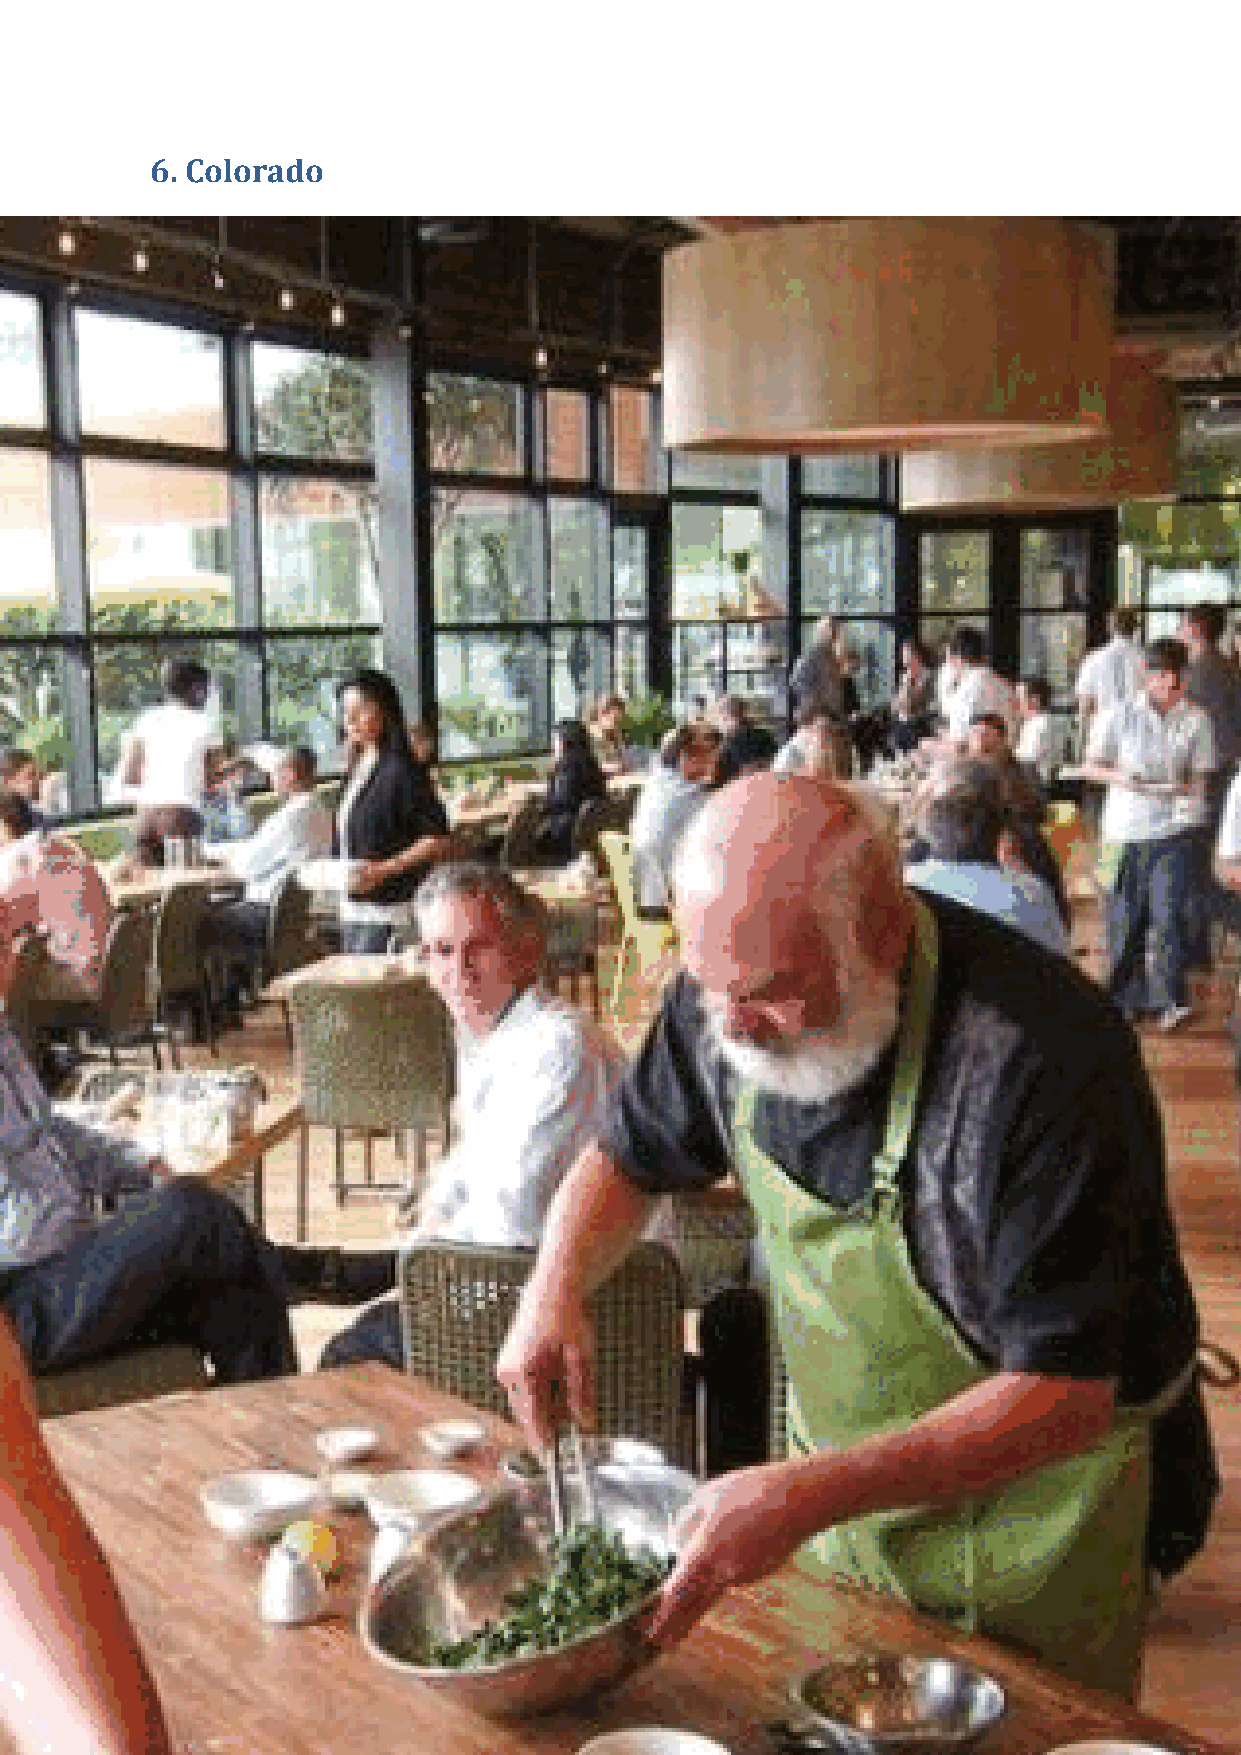
Sustainable Hotels
 The Hyatt Regency Denver (4*, 1100 rooms) is a Green Key Global
 Certified hotel with its energy efficient lighting, ultra-low flow toilets
 and showers and paperless e-concierge service.
 The Westin Westminster (4*, 369 rooms) uses solar panels and
 rooms also feature occupancy sensors, low-flow bathroom fixtures
 and light dimmers. Other hotels which offer similar green services
 like those mentioned above are Sheraton Denver West, Sheraton
 Denver Downtown  and the St. Regis Aspen Resort.
 In Boulder, the Hampton Inn and Suites is Gold LEED certified.
 Rating 15/20
 Sustainable Dining
 Colorado is also home to a lot of eco-friendly organic restaurants
 which use locally sourced and/or biodynamic ingredients. The
 Adam’s Mountain Restaurant, and the Pierre Michel French Café,
 Hops and Pie, and True Food Kitchen in Denver are some which serve
 organic food and vegetarian dishes.
 Hotel restaurants like the Altitude Restaurant at the Hyatt Regency
 Denver focus on options that include seafood that follow the
 Monterey Bay Aquarium Guidelines, cage free eggs and antibiotic
 and hormone-free beef; the Sporting News Grill at the Holiday Inn
 Colorado Springs which uses locally-grown organic produce; and the
 Kachina Grill at the Westin Westminster which produces its herbs
 and seasonal produce on-site and properly stores overproduced
 food, using it for other functions and purposes.
 42